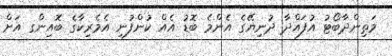
މަތިންދާބޯޓު އުފައްދާ ދުނިޔޭގެ އެންމެ ބޮޑު އެއް ކުންފުނި އެމެރިކާގެ ބޮއިންގ އަށް